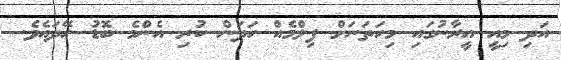
އަދި މިއީ އީރާނުގައި މިހަތަނަށް ފިލްމެއް ހަދަން ކުރި އެންމެ ބޮޑު ހޭދައެވެ.